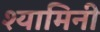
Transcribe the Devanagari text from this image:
श्यामिनी